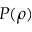
P ( \rho )